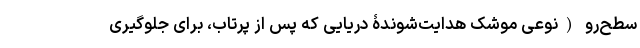
سطح‌رو (نوعی موشک هدایت‌شوندۀ دریایی که پس از پرتاب، برای جلوگیری